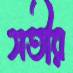
সতীর